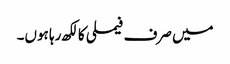
میں صرف فیملی کا لکھ رہا ہوں۔